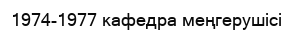
1974-1977 кафедра меңгерушісі